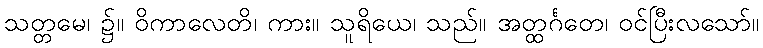
သတ္တမေ၊ ၌။ ဝိကာလေတိ၊ ကား။ သူရိယေ၊ သည်။ အတ္ထင်္ဂတေ၊ ဝင်ပြီးလသော်။